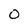
Character: 0